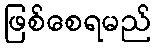
ဖြစ်စေရမည်